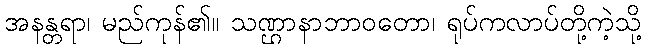
အနန္တရာ၊ မည်ကုန်၏။ သဏ္ဌာနာဘာဝတော၊ ရုပ်ကလာပ်တို့ကဲ့သို့